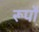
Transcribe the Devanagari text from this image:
रूर्पों